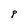
Character: P